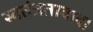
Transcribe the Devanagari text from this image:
स्वतंत्रतावाद।